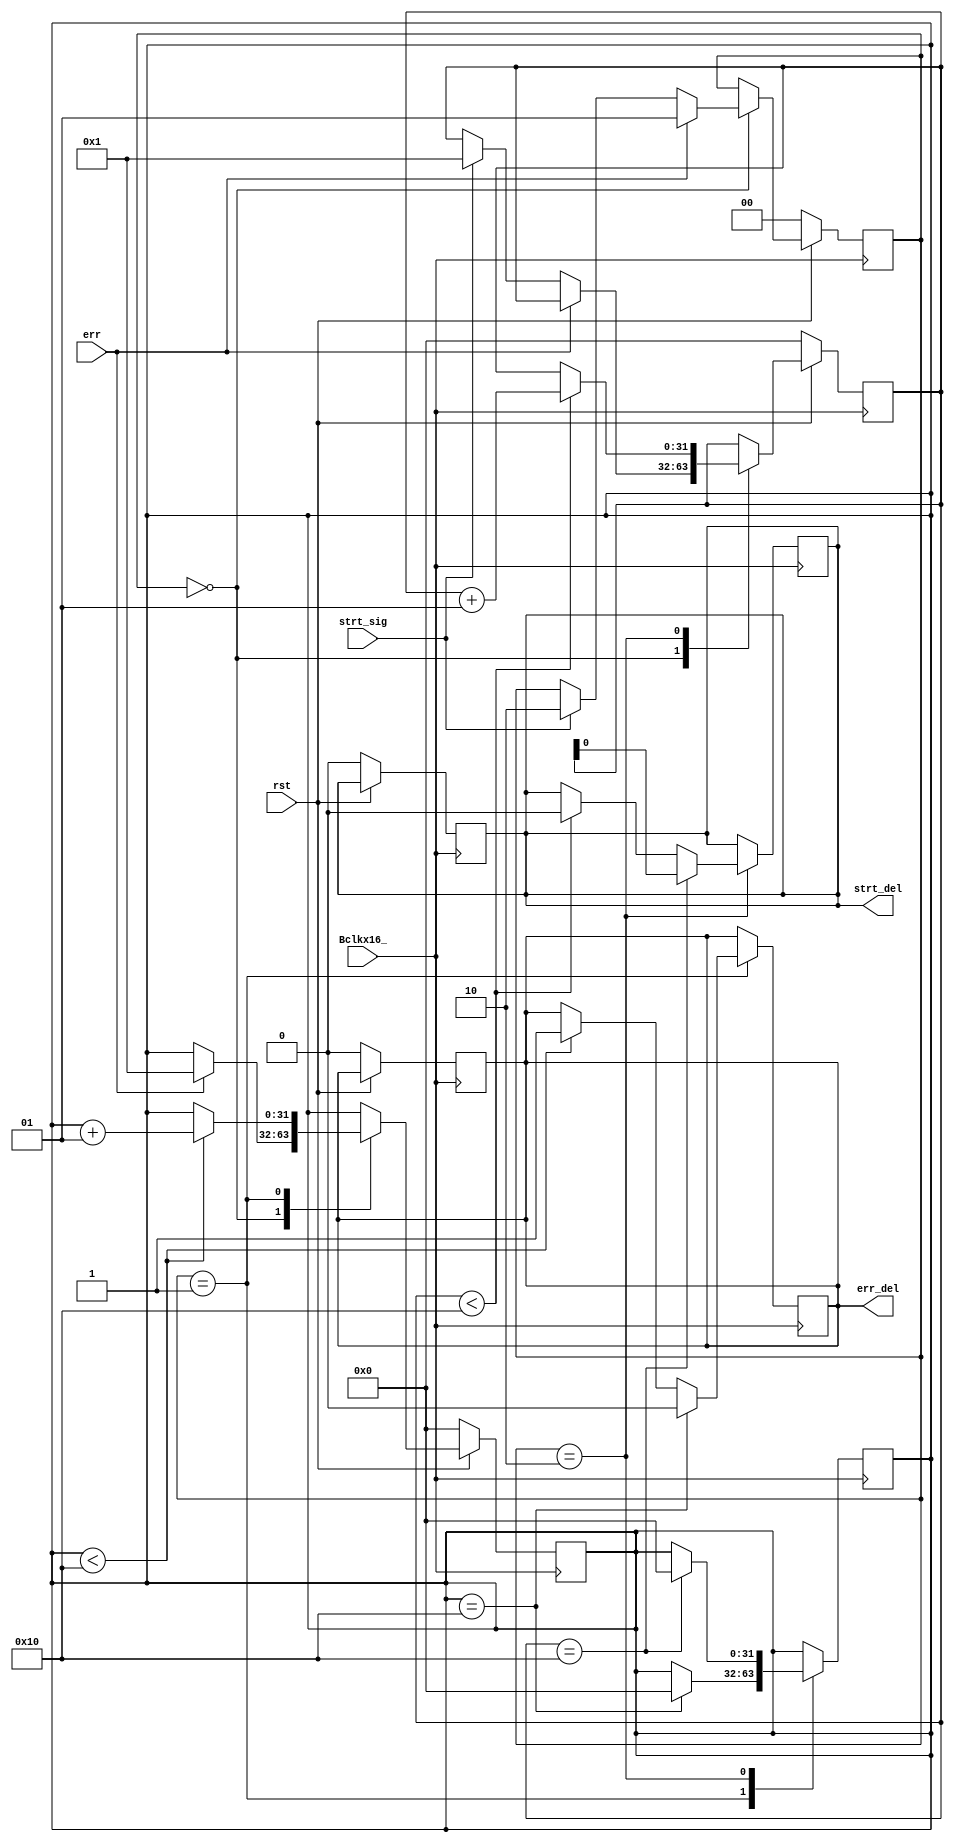
//delay block
module delay(rst,Bclkx16_,err,strt_sig,err_del,strt_del);

input Bclkx16_;
input err;
input strt_sig;
input rst;
output reg err_del;
output reg strt_del;
//output reg clk;
reg [1:0] state ;
//states
parameter A = 2'b00;
parameter B = 2'b01;
parameter C = 2'b10;


//counters
integer err_counter;
integer strt_counter;

always@(posedge Bclkx16_)
begin
if(!rst)
	begin
	err_counter <= 1'b0;
	strt_counter <= 1'b0;
	err_del <= 1'b0;
	strt_del <= 1'b0;
	state <= A;
	end

else 
	begin
		case(state)
		A:begin
		  if(err)
			begin
			state <= B;
			err_counter <= 1'b1;
			end
		  else if(strt_sig)
			begin
			state <= C;
			strt_counter <= 1'b1;
			end
		  end
		  
		B:begin
		  if(err_counter < 32'h10) err_counter = err_counter+1; 
		  end
		  
		C:begin
		  if(strt_counter < 32'h10) strt_counter = strt_counter+1; 
		  end
		endcase
	end
end  
	  
	  
always@(posedge Bclkx16_)
begin
case(state)
	B:begin
		if(err_counter < 32'h10) err_del <= 1'b1;
		if(err_counter == 32'h10)
		begin
		err_del <=1'b0;
		err_counter <= 1'b0;
		end
	  end
	  
	C:begin
		if(strt_counter < 32'h10) strt_del <= 0;
		if(strt_counter == 32'h10)
		begin
		strt_del <=strt_counter;
		err_counter <= 0;
		end
	  end
endcase
end

endmodule